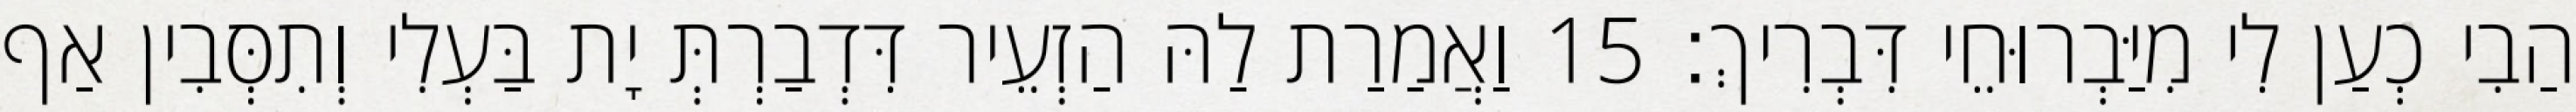
הַבִי כְעַן לִי מִיַּבְרוּחֵי דִּבְרִיךְ׃ 15 וַאֲמַרַת לַהּ הַזְעֵיר דִּדְבַרְתְּ יָת בַּעְלִי וְתִסְּבִין אַף